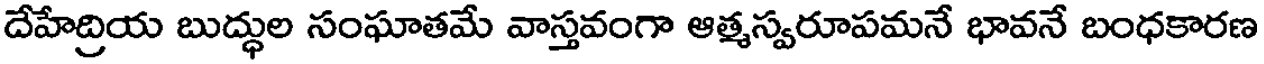
దేహేద్రియ బుద్ధుల సంఘాతమే వాస్తవంగా ఆత్మస్వరూపమనే భావనే బంధకారణ